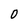
Character: 0